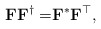
\begin{align*}\mathbf{F}\mathbf{F}^{\dagger} = & \mathbf{F}^{\ast}\mathbf{F}^{\top} ,\end{align*}